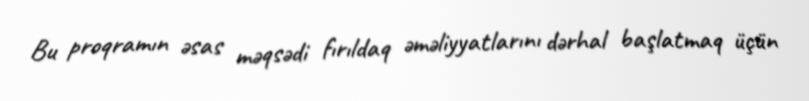
Bu proqramın əsas məqsədi fırıldaq əməliyyatlarını dərhal başlatmaq üçün